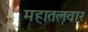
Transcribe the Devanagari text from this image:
महातलवार